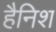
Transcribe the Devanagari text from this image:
हैनिश